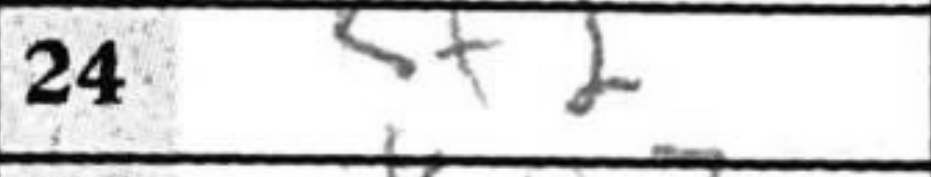
Transcription: Kf2